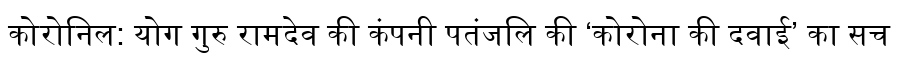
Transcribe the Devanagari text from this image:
कोरोनिल: योग गुरु रामदेव की कंपनी पतंजलि की ‘कोरोना की दवाई’ का सच